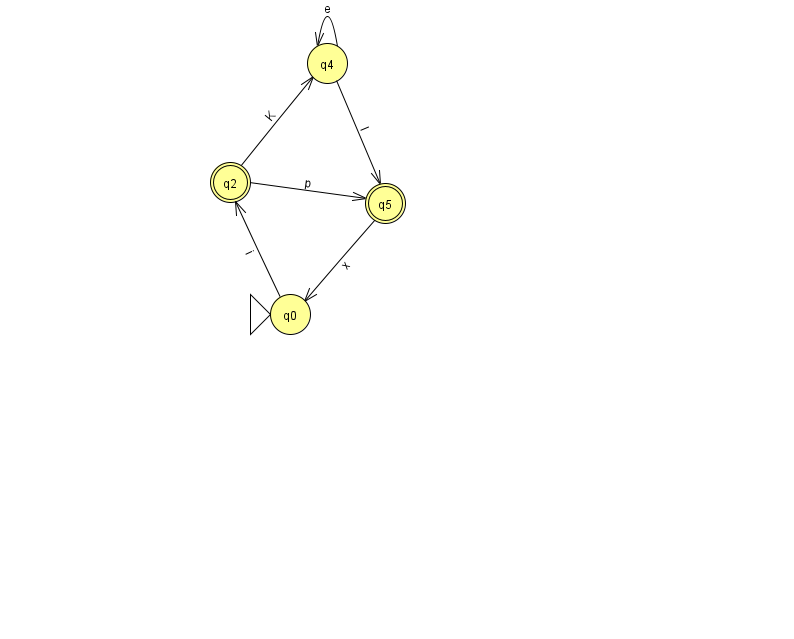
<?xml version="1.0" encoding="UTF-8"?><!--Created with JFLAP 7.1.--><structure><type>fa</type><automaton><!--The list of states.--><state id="0" name="q0"><x>290.0</x><y>301.0</y><initial/></state><state id="2" name="q2"><x>230.0</x><y>169.0</y><final/></state><state id="4" name="q4"><x>327.0</x><y>50.0</y></state><state id="5" name="q5"><x>385.0</x><y>190.0</y><final/></state><!--The list of transitions.--><transition><from>2</from><to>4</to><read>K</read></transition><transition><from>2</from><to>5</to><read>p</read></transition><transition><from>4</from><to>4</to><read>e</read></transition><transition><from>4</from><to>5</to><read>l</read></transition><transition><from>5</from><to>0</to><read>x</read></transition><transition><from>0</from><to>2</to><read>i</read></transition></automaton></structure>